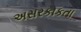
અસરકાકતા